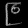
Digit: ၉